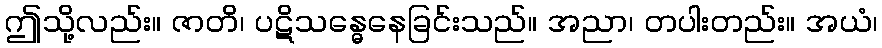
ဤသို့လည်း။ ဇာတိ၊ ပဋိသန္ဓေနေခြင်းသည်။ အညာ၊ တပါးတည်း။ အယံ၊